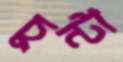
চুন্টা